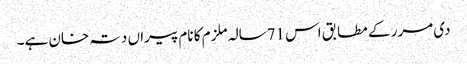
دی مرر کے مطابق اس 71سالہ ملزم کا نام پیراں دتہ خان ہے۔